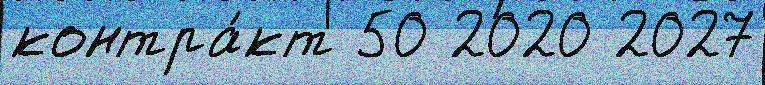
контра́кт 50 2020 2027